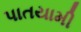
પાતયામી